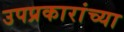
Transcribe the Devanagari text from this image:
उपप्रकारांच्या